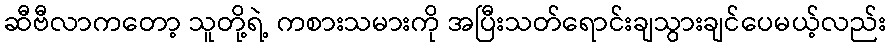
ဆီဗီလာကတော့ သူတို့ရဲ့ ကစားသမားကို အပြီးသတ်ရောင်းချသွားချင်ပေမယ့်လည်း